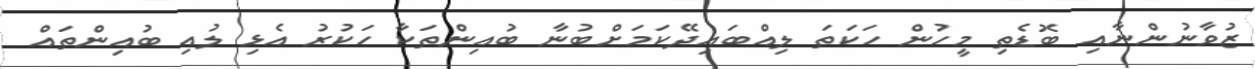
ޒުވާނުންނާއި ބޮޑެތި މީހުން ހަކަތަ ލިއްބައިދޭކަމަށްބުނާ ބުއިންތަކާ ހަކުރު އެޅި ލުއި ބުއިންތައް